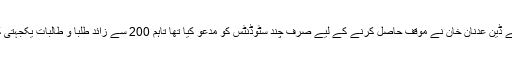
پیر کے روز آفس آف سٹوڈنٹ افیئرز کے ڈین عدنان خان نے موقف حاصل کرنے کے لیے صرف چند سٹوڈنٹس کو مدعو کیا تھا تاہم 200 سے زائد طلبا و طالبات یکجہتی کے طور پر دفتر کے باہر جمع ہوگئے۔